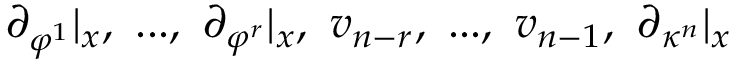
\partial _ { \varphi ^ { 1 } } | _ { x } , ~ . . . , ~ \partial _ { \varphi ^ { r } } | _ { x } , ~ v _ { n - r } , ~ . . . , ~ v _ { n - 1 } , ~ \partial _ { \kappa ^ { n } } | _ { x }